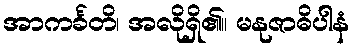
အာကင်္ခတိ၊ အလိုရှိ၏။ မနုဇာဓိပါနံ